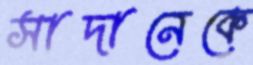
সাদানেকে